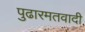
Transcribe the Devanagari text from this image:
पुढारमतवादी